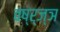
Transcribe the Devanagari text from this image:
वष्र्ज्ञ